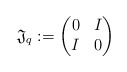
\begin{align*} {\mathfrak J}_q:=\begin{pmatrix} 0 & I\\ I & 0 \end{pmatrix}\end{align*}